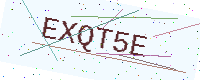
Text: EXQT5E